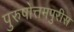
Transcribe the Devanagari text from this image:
पुरुषोत्तमपुरीस